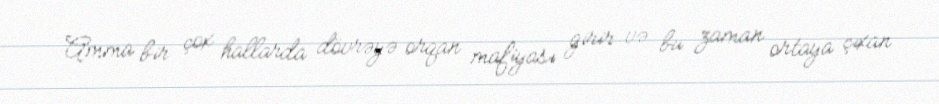
Amma bir çox hallarda dövrəyə orqan mafiyası girir və bu zaman ortaya çıxan